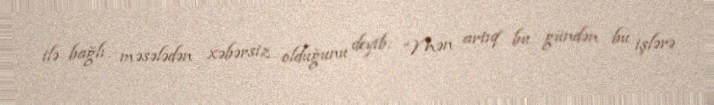
ilə bağlı məsələdən xəbərsiz olduğunu deyib: “Mən artıq bu gündən bu işlərə